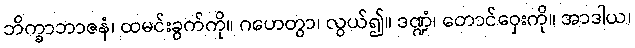
ဘိက္ခာဘာဇနံ၊ ထမင်းခွက်ကို။ ဂဟေတွာ၊ လွယ်၍။ ဒဏ္ဍံ၊ တောင်ဝှေးကို။ အာဒါယ၊